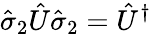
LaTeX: \hat{\sigma}_{2}\hat{U}\hat{\sigma}_{2}=\hat{U}^{\dagger}